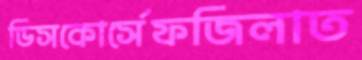
ডিসকোর্সেফজিলাত